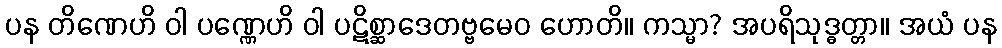
ပန တိဏေဟိ ဝါ ပဏ္ဏေဟိ ဝါ ပဋိစ္ဆာဒေတဗ္ဗမေဝ ဟောတိ။ ကသ္မာ? အပရိသုဒ္ဓတ္တာ။ အယံ ပန